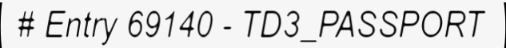
# Entry 69140 - TD3_PASSPORT